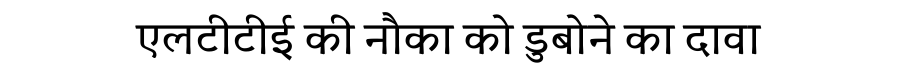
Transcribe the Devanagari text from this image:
एलटीटीई की नौका को डुबोने का दावा